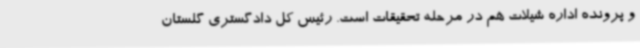
و پرونده اداره شیلات هم در مرحله تحقیقات است. رئیس کل دادگستری گلستان